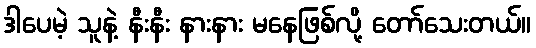
ဒါပေမဲ့ သူနဲ့ နီးနီး နားနား မနေဖြစ်လို့ တော်သေးတယ်။